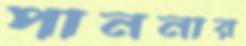
পাননার